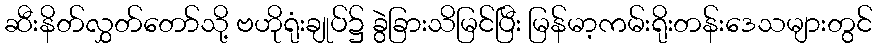
ဆီးနိတ်လွှတ်တော်သို့ ဗဟိုရုံးချုပ်၌ ခွဲခြားသိမြင်ပြီး မြန်မာ့ကမ်းရိုးတန်းဒေသများတွင်